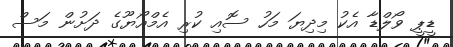
ޑީޕީ ވޯލްޑާ އެކު މިދިޔަ މަހު ސޮއި ކުރި އެމްއޯޔޫގެ ދަށުން މަސް